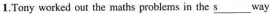
1.Tony worked out the maths problems in the s___way